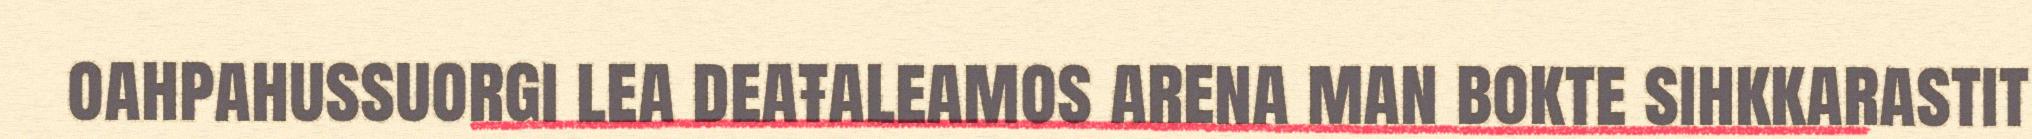
oahpahussuorgi lea deaŧaleamos arena man bokte sihkkarastit